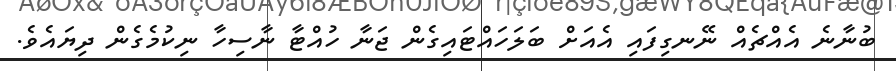
ބުނާނެ އެއްޗެއް ނޭނގިފައި އެއަށް ބަލަހައްޓައިގެން ޖަނާ ހުއްޓާ ނާސިހާ ނިކުމެގެން ދިޔައެވެ.